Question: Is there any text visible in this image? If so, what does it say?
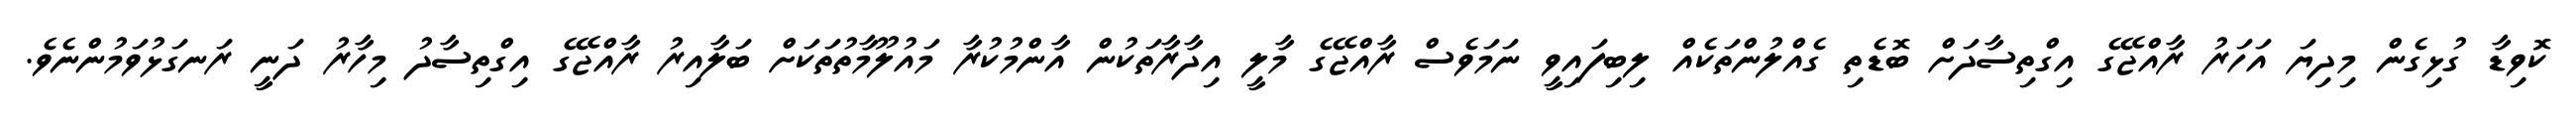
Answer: ކޮވިޑާ ގުޅިގެން މިދިޔަ އަހަރު ރާއްޖޭގެ އިގްތިސާދަށް ބޮޑެތި ގެއްލުންތަކެއް ލިބިފައިވީ ނަމަވެސް ރާއްޖޭގެ މާލީ އިދާރާތަކުން އާންމުކުރާ މައުލޫމާތުތަކަށް ބަލާއިރު ރާއްޖޭގެ އިގްތިސާދު މިހާރު ދަނީ ރަނގަޅުވަމުންނެވެ.